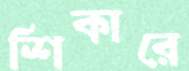
শিকারে